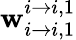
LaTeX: \mathbf{w}_{i\rightarrow i,1}^{i\rightarrow i,1}